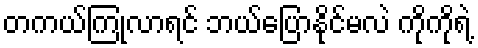
တကယ်ကြုံလာရင် ဘယ်ပြောနိုင်မလဲ ကိုကိုရဲ့